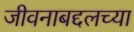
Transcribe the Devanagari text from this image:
जीवनाबद्दलच्या